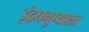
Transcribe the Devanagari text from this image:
इंद्रधनुष्याला